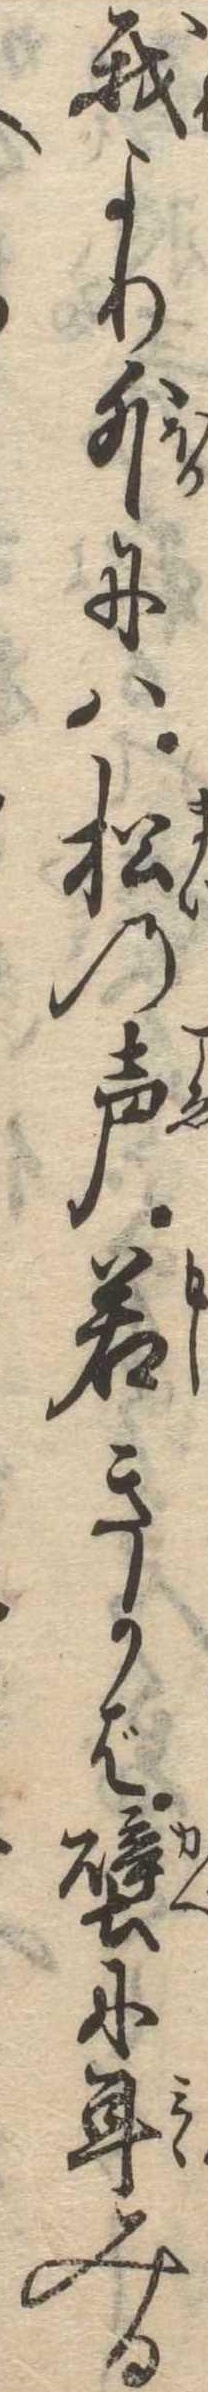
我より外には松の声若きかば壁に耳みる